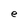
Character: e